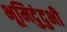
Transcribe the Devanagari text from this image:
भूमिदुंदुभी